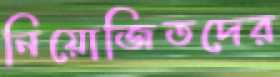
নিয়োজিতদের